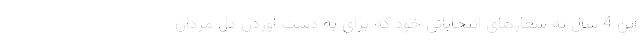
این 4 سال به شعارهای انتخاباتی خود که برای به دست آوردن دلِ مردان